Report on the Nagpur School of Medicine, Central Provinces
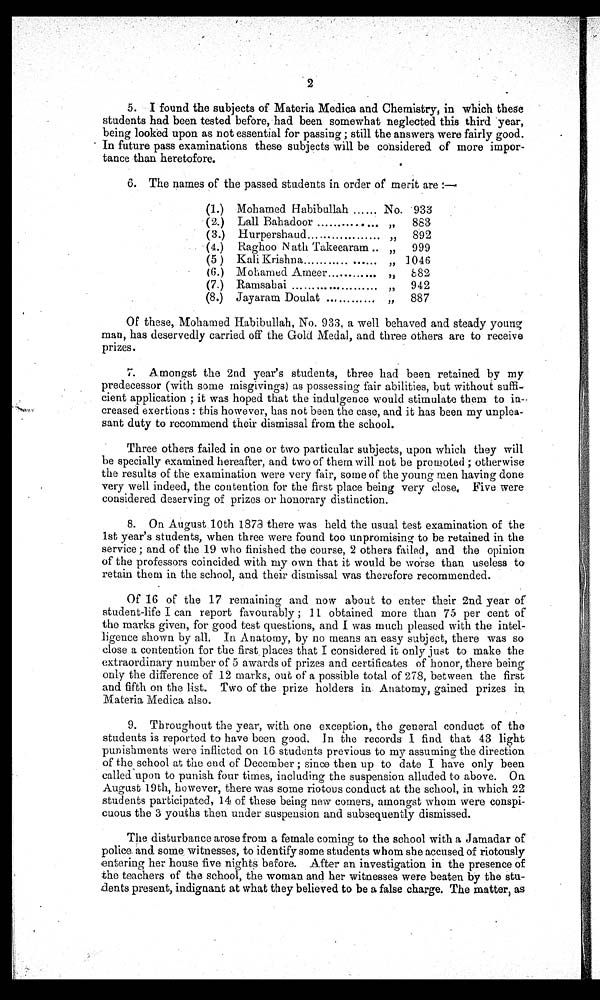
2
5. I found the subjects of Materia Medica and Chemistry, in which these
students had been tested before, had been somewhat neglected this third year,
being looked upon as not essential for passing ; still the answers were fairly good.
In future pass examinations these subjects will be considered of more impor-
tance than heretofore.
6. The names of the passed students in order of merit are :—
(1.) Mohamed Habibullah ...... No. 933
(2.) Lall Bahadoor
.... .... , ,
883
(3.) Hurpershaud
, ,
892
(4.) Raghoo Nath Takeearam
, ,
999
(5.) Kali Krishna........ .
, , 1046
(6.) Mohamed Ameer...........
, ,
8 8 2
(7.) Ramsabai
. . . . . . . . . . . .
, ,
942
(8.) Jayaram Doulat ............ „
887
Of these, Mohamed Habibullah, No. 933, a well behaved and steady young,'
man, has deservedly carried off the Gold Medal, and three others are to receive
prizes.
7. Amongst the 2nd year's students, three had been retained by my
predecessor (with some misgivings) as possessing fair abilities, but without suffi-
cient application ; it was hoped that the indulgence would stimulate them to in-•
creased exertions : this however, has not been the case, and it has been my unplea-
sant duty to recommend their dismissal from the school.
Three others failed in one or two particular subjects, upon which they will
be specially examined hereafter, and two of them will not be promoted ; otherwise
the results of the examination were very fair, some of the young men having done
very well indeed, the contention for the first place being very close. Five were
considered deserving of prizes or honorary distinction.
8. On August 10th 1878 there was held the usual test examination of the
1st year's students, when three were found too unpromising to be retained in the
service ; and of the 19 who finished the course, 2 others failed, and the opinion
of the professors coincided with my own that it would be worse than useless to
retain them in the school, and their dismissal was therefore recommended.
Of 16 of the 17 remaining and now about to enter their 2nd year of
student-life I can report favourably ; 11 obtained more than 75 per cent of
the marks given, for good test questions, and I was much pleased with the intel-
ligence shown by all. In Anatomy, by no means an easy subject, there was so
close a contention for the first places that I considered it only just to make the
extraordinary number of 5 awards of prizes and certificates of honor, there being
only the difference of 12 marks, out of a possible total of 278, between the first
and fifth on the list. Two of the prize holders in Anatomy, gained prizes in
Materia Medica also.
9. Throughout the year, with one exception, the general conduct of the
students is reported to have been good. In the records I find that 43 light
punishments were inflicted on 16 students previous to my assuming the direction
of the school at the end of December ; since then up to date I have only been
called upon to punish four times, including the suspension alluded to above. On
August 19th, however, there was some riotous conduct at the school, in which 22
students participated, 14 of these being new comers, amongst whom were conspi-
cuous the 3 youths then under suspension and subsequently dismissed.
The disturbance arose from a female coming to the school with a Jamadar of
police and some witnesses, to identify some students whom she accused of riotously
entering her house five nights before. After an investigation in the presence of
the teachers of the school, the woman and her witnesses were beaten by the stu-
dents present, indignant at what they believed to be a false charge. The matter, as